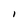
Character: l